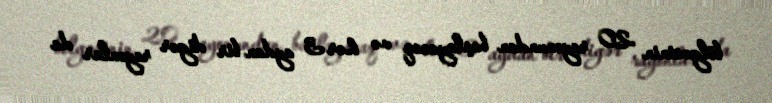
bölgəsinin 20 rayonundan başlayacaq və hər 3 aydan bir digər rayonlar da